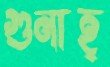
গুনাহ্